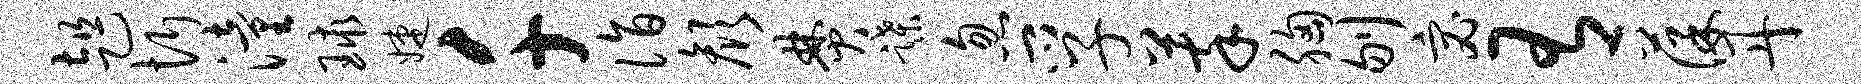
趄忻潼球婕千诣颜焚蹀忽孚萃胸刎宓有葆丹